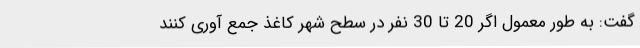
گفت: به طور معمول اگر 20 تا 30 نفر در سطح شهر کاغذ جمع آوری کنند